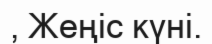
, Жеңіс күні.